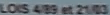
CLOIS/4/89 et